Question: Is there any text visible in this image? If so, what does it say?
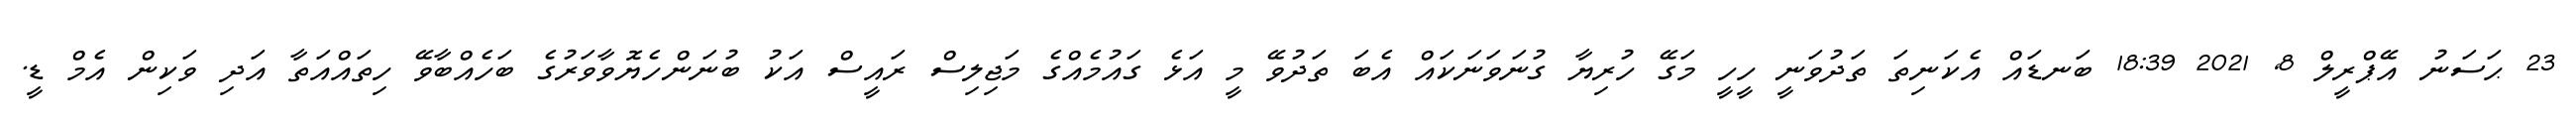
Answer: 23 ޙަސަނު އޭޕްރީލް 8, 2021 18:39 ބަނޑައް އެކަނިތަ ތަދުވަނީ ހީހީ މަގޭ ހުރިޔާ ގުނަވަނަކައް އެބަ ތަދުވޭ މީ އަޅެ ގައުމެއްގެ މަޖިލިސް ރައީސް އަކު ބުނަންހެޔޮވާވަރުގެ ބަހެއްބާވޭ ހިތައްއަތާ އަދި ވަކިން އެމް ޑީ.